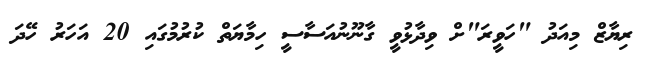
ރިޔާޒް މިއަދު "ހަވީރަ"ށް ވިދާޅުވީ ގާނޫނުއަސާސީ ހިމާޔަތް ކުރުމުގައި 20 އަހަރު ހޭދަ